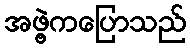
အဖွဲ့ကပြောသည်